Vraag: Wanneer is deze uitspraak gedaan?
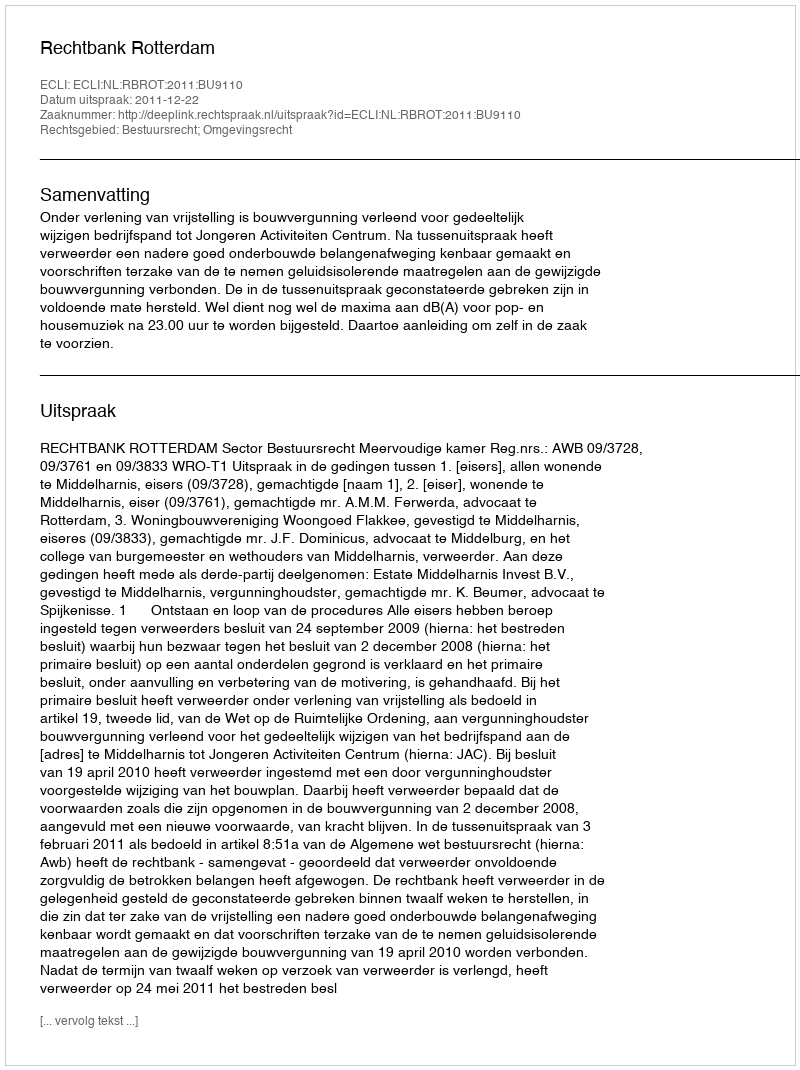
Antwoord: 2011-12-22